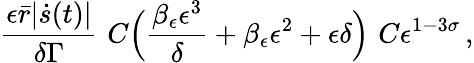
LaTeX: \frac{\epsilon\bar{r}|\dot{s}(t)|}{\delta\Gamma}\, \le\, C\Bigl(\frac{\beta_{\epsilon}\epsilon^{3}}{\delta}+\beta_{\epsilon}\epsilon^{2}+\epsilon\delta\Bigr)\, \le\, C\epsilon^{1-3\sigma}\, ,